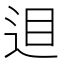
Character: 𨒚